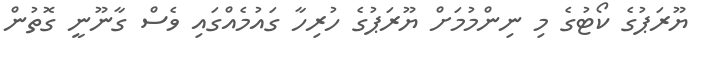
ޔޫރަޕުގެ ކޯޓުގެ މި ނިންމުމަށް ޔޫރަޕުގެ ހުރިހާ ގައުމެއްގައި ވެސް ގާނޫނީ ގޮތުން